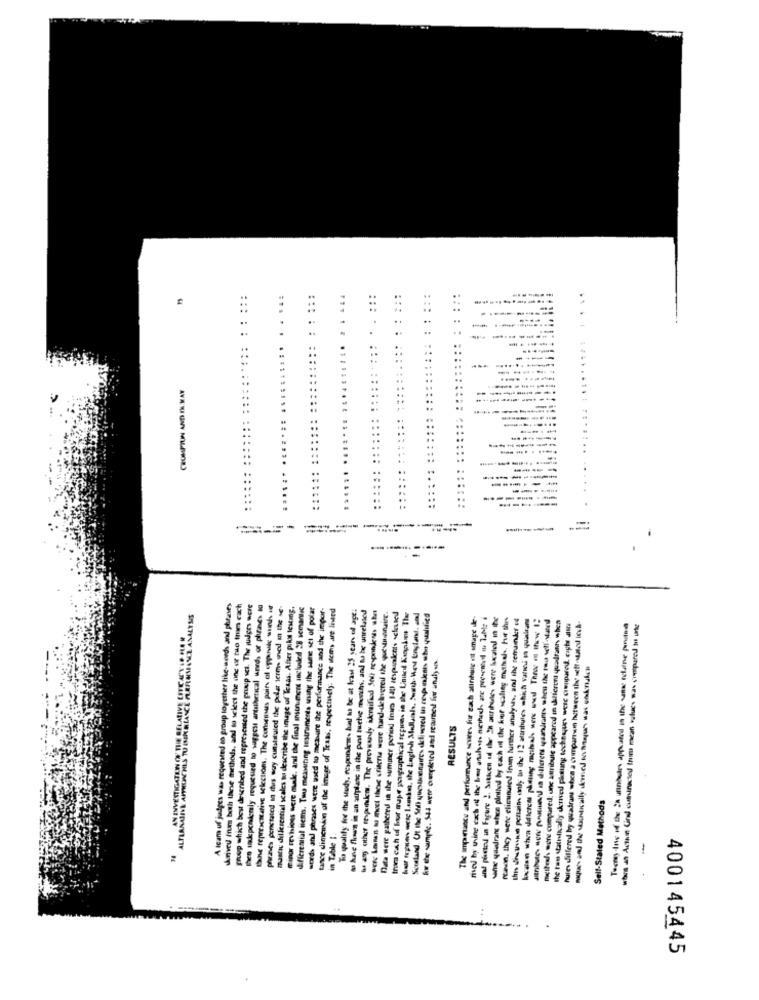
...
......
--
CROMPTON AND IN KAY
----------
-
---------
--...
-------
-
.........
...
----
------
-----
-----...
.. 4.
----
A icam uf judges was requested to group together like-words and phrases
skriveu finum both these methods, and to select the one of tuo trum cach
group which best described and represented the gruup set. The judges were
hhen ukepenalenly requested to saggest antithetical unrd, or phrases to
tanie representative selection. The consensus pairs of oppinik wh
phwaves perstated in dhus ouy cunstituled the polar terms wed m the Me
mastic dilleseetial scales tu describe the inuge of Texas. After piku testing,
fipor TEvhioss were male, and the final istn.men included 28 semantic
differential items. Twee measuring testrumenta using the same set of polar
words and phrases were used to measure the performance and the impor-
tance dimension of the image of Texas, respectively. The wems are Ineed
To qualify for the study. respondent- hut to be at least 25 star of age:
Are flows in an suplass in the pool twelve months, and to be unrelated
·any other mepokem. The provesaly iknaified Soll responders she
trum cach of four mape pougraphical regions in the Unucit Kingdom The
ALTLANALIVE APPROACHES TU INKRIANCE FLEFIRMANEL ANALYSIS
Data were gathered in the summer peraxl Ines 140 zespurakent schuled
Scotland. Ut the Shi) quesucenaires delinred th respunkenis who qualifica
The importance and performance scures fur sach alinbule vit smage ile-
med by thing each itt the be anahos methods are presentedl wu JuMei
wane gelrant shes pinilodd by cash of the for scaling mathels. hur this
fanvon. they were eliminused fram further analysis, and the remainder 4
In thepops pessim only to the 12 atanbules which vatios in qualitrans
case when diferent plaing maisals were used Theor cs these 1:
melles wone morepureil: une attribute appeared in halferoni quadrant when
the tem statistically derived pluslang tocheques were crenpared capte Jisti
hules differed by quadrams whoca a comparten between the sett -usted inch.
Tecmay-Ine of the 2h unnbutre appeared in the same relatne postes
RESULTS
Self-Stated Methods
in Table I.
-
400145445